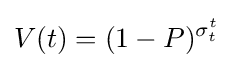
V(t)=(1-P)^{\sigma _{t}^{t}}